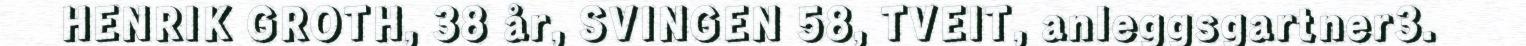
HENRIK GROTH, 38 år, SVINGEN 58, TVEIT, anleggsgartner3.